Leningradi_Edasi_toimetus, lk 48
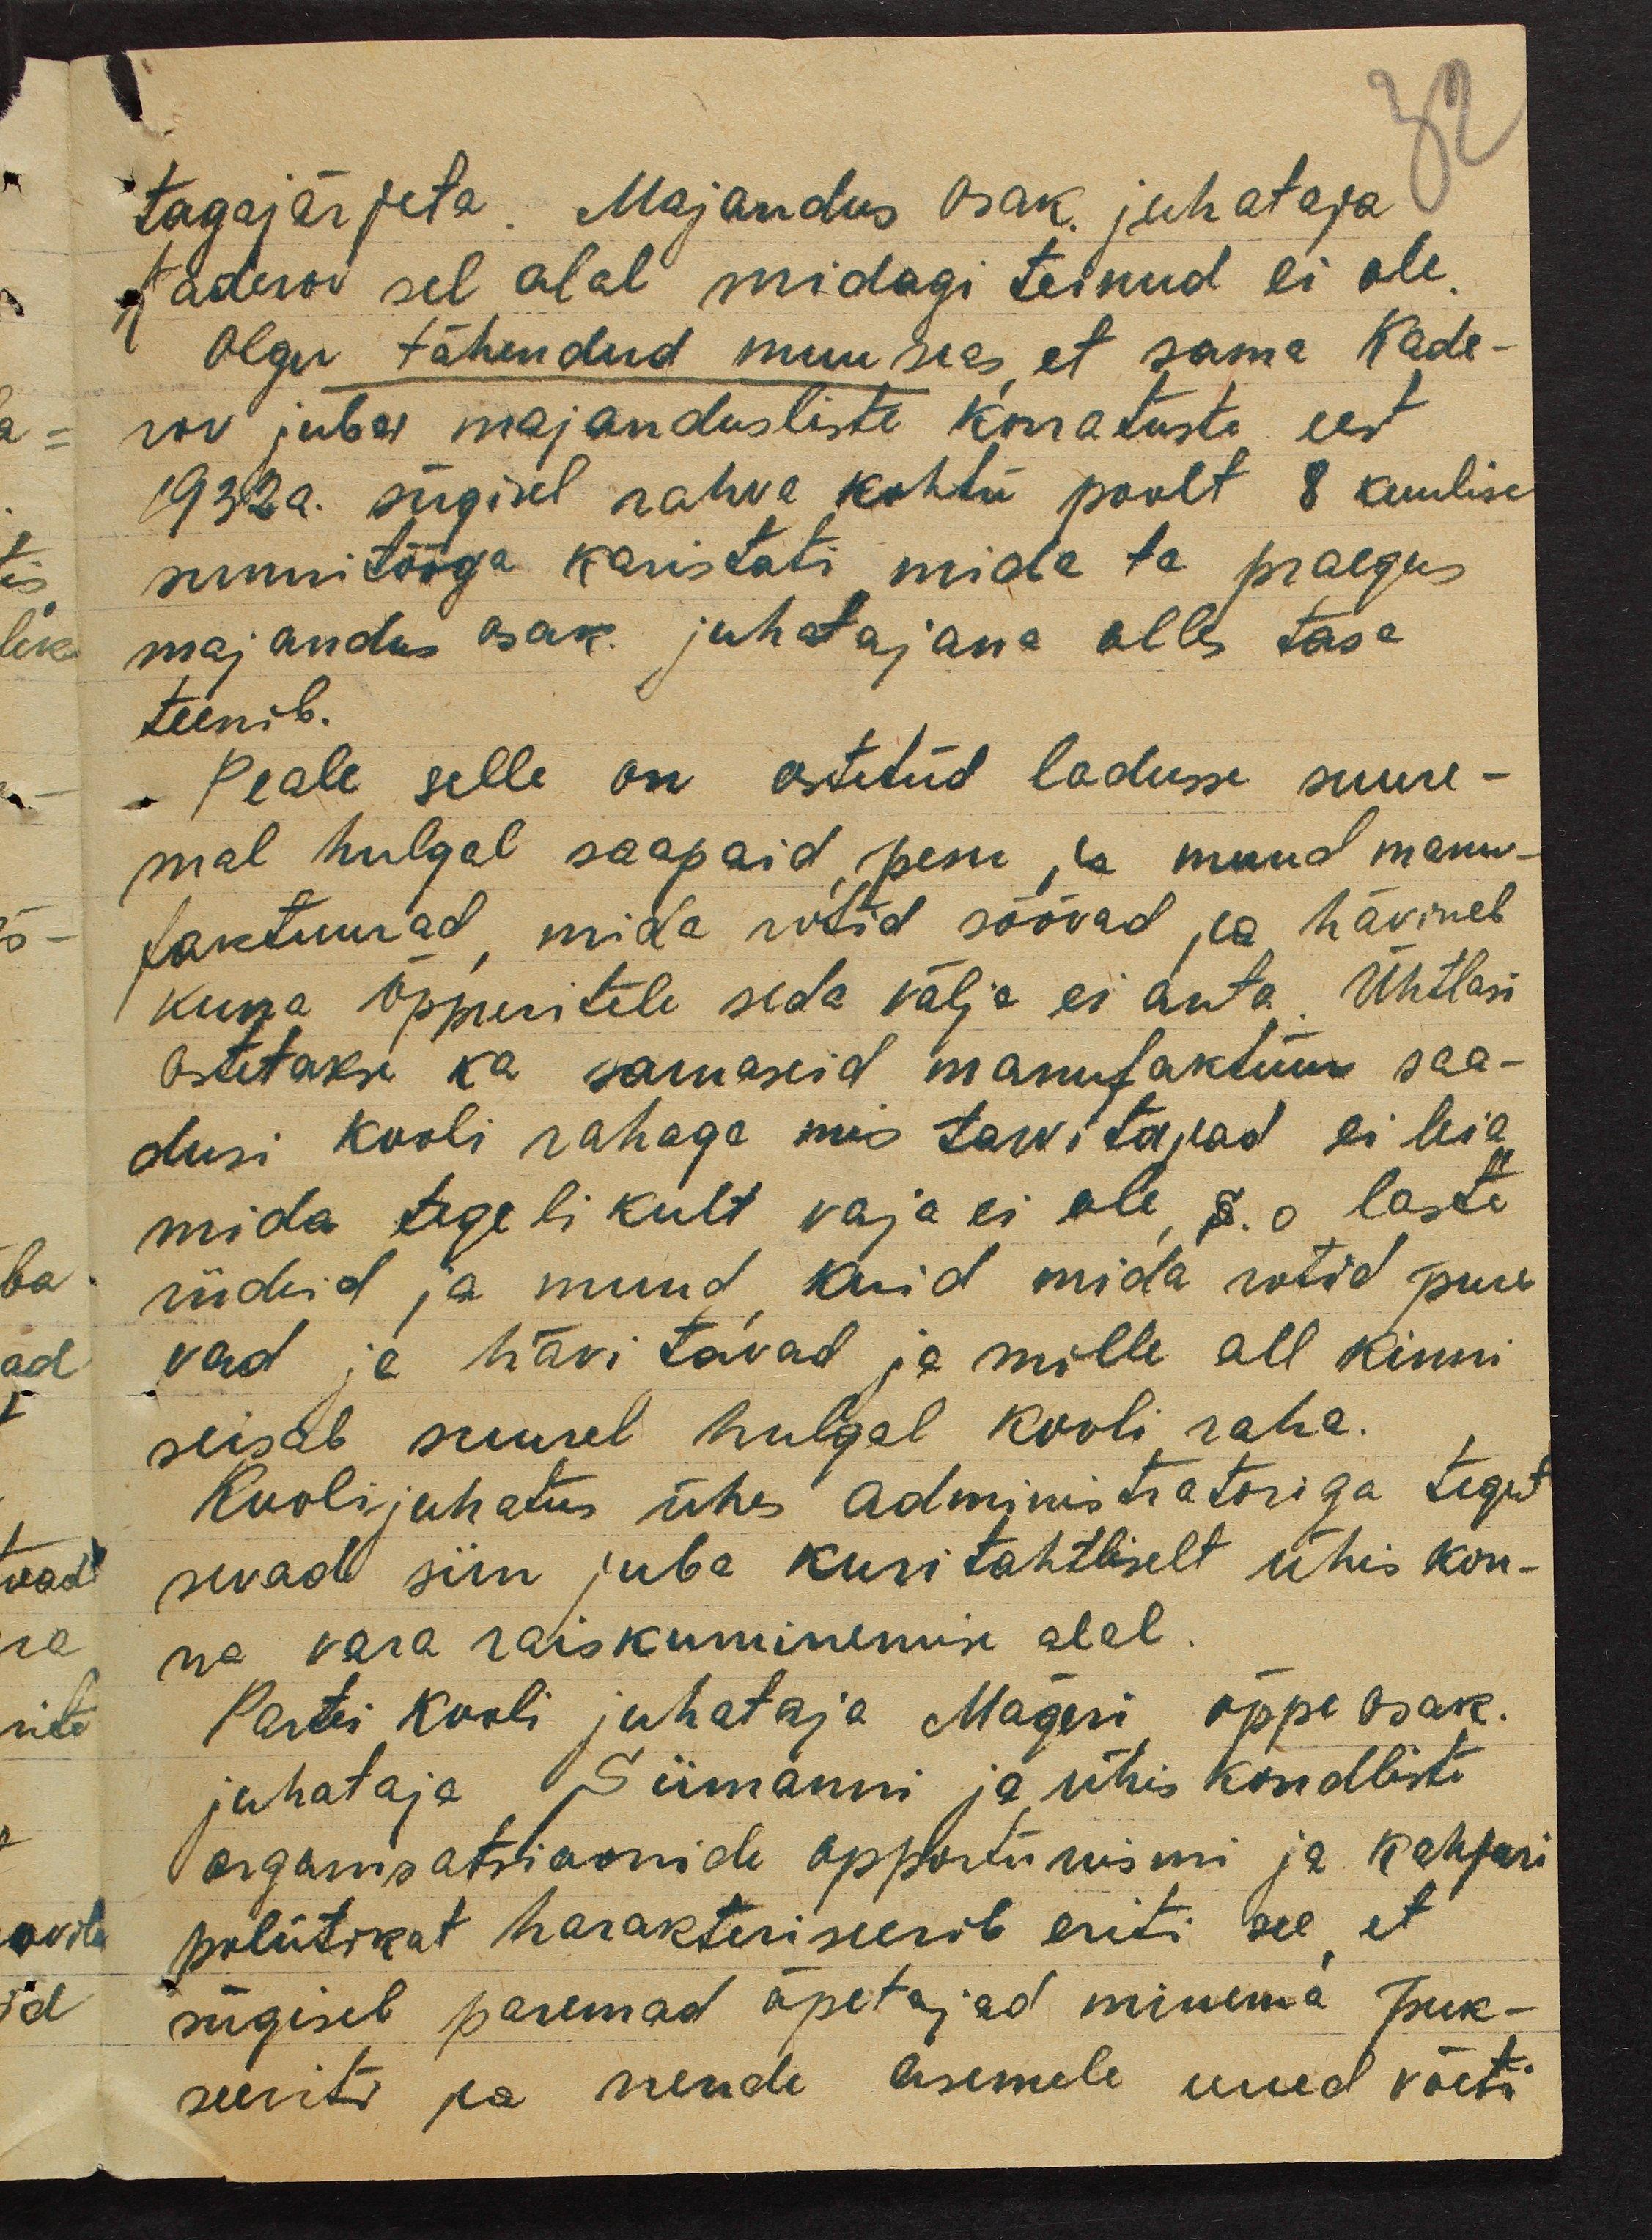
32
tagajärjeta. Majandus osak. juhataja
Kaderov sel alal midagi teinud ei ole.
Olgu tähendud muuseas, et sama Kade-
rov juba majandusliste korratuste eest
1932a. sügisel rahva kohtu poolt 8 kuulise
sunnitööga karistati mida ta praegus
majandus osak. juhatajana alles tasa
teenib.
Peale selle on ostetud ladusse suure-
mal hulgal saapaid, pesu ja muud manu-
faktuurad, mida rotid söövad ja hävineb
kuna õppuritele seda välja ei anta. Ühtlasi
ostetakse ka sarnaseid manufaktuure saa-
dusi kooli rahaga mis tarvitajad ei leia,
mida tegelikult vaja ei ole, s.o laste
riideid ja muud, kuid mida rotid pure-
vad ja hävitavad ja mille all kinni
seisab suurel hulgal kooli raha.
Koolijuhatus ühes administratoriga tegut
sevad siin juba kuritahtliselt ühiskon-
na vara raiskuminemise alal.
Partei kooli juhataja Mägeri õppeosak.
juhataja Siimanni ja ühiskondliste
organisatsioonide opportunismi ja kahjuri
poliitikat harakteriseerib eriti see, et
sügisel paremad õpetajad minema  puk-
seeriti ja nende asemele uued võeti